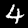
Label: 4